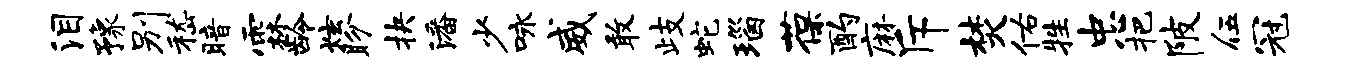
泪豫别嵇暗霖龄炫盼抉潘少咏威敢歧蛇瑙葆酌麻斥焚佑牲忠把陂伍冠